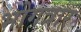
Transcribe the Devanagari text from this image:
भोगत्रार